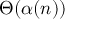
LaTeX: \Theta ( \alpha ( n ) )